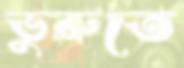
ভুরুতে